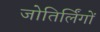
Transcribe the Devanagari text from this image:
जोतिर्लिंगों